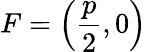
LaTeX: F=\left({\frac{p}{2}},0\right)